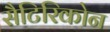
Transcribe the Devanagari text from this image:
सैटिरिकोन